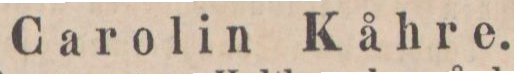
Carolin Kåhre.